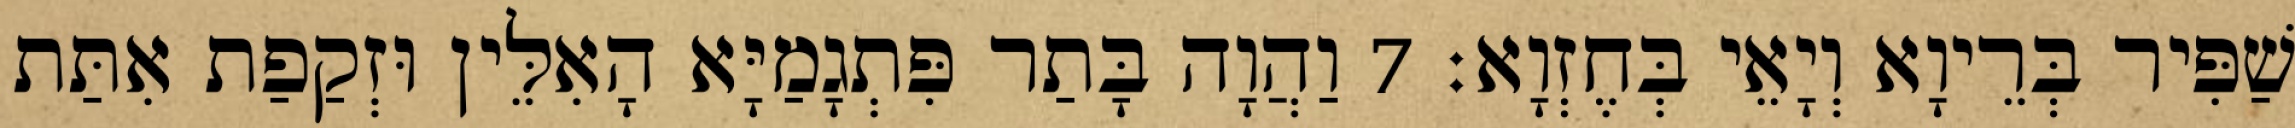
שַׁפִּיר בְּרֵיוָא וְיָאֵי בְּחֶזְוָא׃ 7 וַהֲוָה בָּתַר פִּתְגָמַיָּא הָאִלֵּין וּזְקַפַת אִתַּת